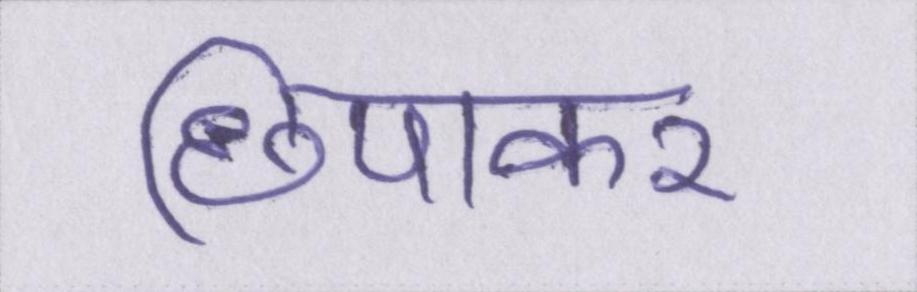
छिपाकर